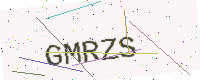
Text: GMRZS